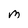
Character: M